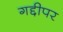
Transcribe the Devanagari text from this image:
गद्दीपर